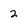
Character: 2